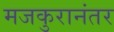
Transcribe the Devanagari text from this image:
मजकुरानंतर